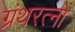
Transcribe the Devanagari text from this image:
ग्रंथरत्नों